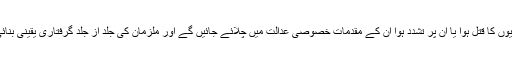
جن صحافیوں کا قتل ہوا یا اُن پر تشدد ہوا ان کے مقدمات خصوصی عدالت میں چلائے جائیں گے اور ملزمان کی جلد از جلد گرفتاری یقینی بنائی جائے “۔